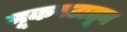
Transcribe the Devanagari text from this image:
मूकपटातून